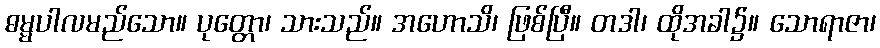
ဓမ္မပါလမည်သော။ ပုတ္တော၊ သားသည်။ အဟောသိ၊ ဖြစ်ပြီ။ တဒါ၊ ထိုအခါ၌။ သောရာဇာ၊